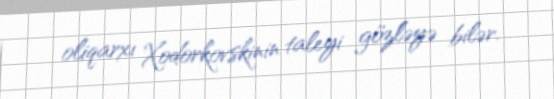
oliqarxı Xodorkovskinin taleyi gözləyə bilər.